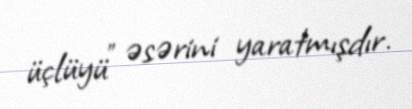
üçlüyü" əsərini yaratmışdır.